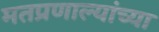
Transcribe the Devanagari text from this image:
मतप्रणाल्यांच्या